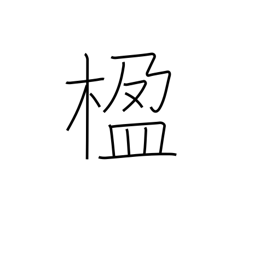
Meaning: pillar